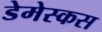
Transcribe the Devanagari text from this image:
डेमेस्कस